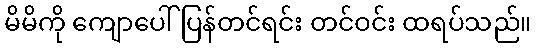
မိမိကို ကျောပေါ်ပြန်တင်ရင်း တင်ဝင်း ထရပ်သည်။